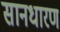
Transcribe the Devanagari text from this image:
सानधारण